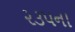
૨૩૫ના